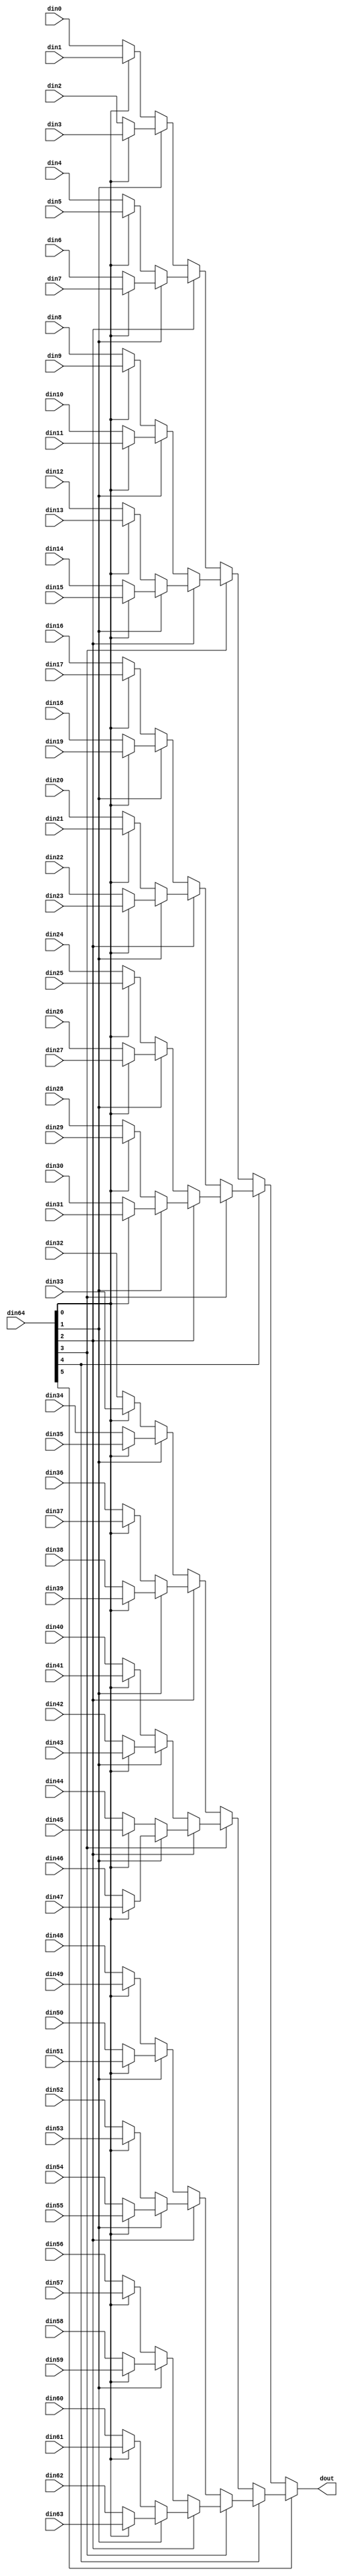
// ==============================================================
// Vitis HLS - High-Level Synthesis from C, C++ and OpenCL v2022.1 (64-bit)
// Tool Version Limit: 2022.04
// Copyright 1986-2022 Xilinx, Inc. All Rights Reserved.
// ==============================================================

`timescale 1ns/1ps

module MatrixVectorActivation_3_mux_6432_32_1_1 #(
parameter
    ID                = 0,
    NUM_STAGE         = 1,
    din0_WIDTH       = 32,
    din1_WIDTH       = 32,
    din2_WIDTH       = 32,
    din3_WIDTH       = 32,
    din4_WIDTH       = 32,
    din5_WIDTH       = 32,
    din6_WIDTH       = 32,
    din7_WIDTH       = 32,
    din8_WIDTH       = 32,
    din9_WIDTH       = 32,
    din10_WIDTH       = 32,
    din11_WIDTH       = 32,
    din12_WIDTH       = 32,
    din13_WIDTH       = 32,
    din14_WIDTH       = 32,
    din15_WIDTH       = 32,
    din16_WIDTH       = 32,
    din17_WIDTH       = 32,
    din18_WIDTH       = 32,
    din19_WIDTH       = 32,
    din20_WIDTH       = 32,
    din21_WIDTH       = 32,
    din22_WIDTH       = 32,
    din23_WIDTH       = 32,
    din24_WIDTH       = 32,
    din25_WIDTH       = 32,
    din26_WIDTH       = 32,
    din27_WIDTH       = 32,
    din28_WIDTH       = 32,
    din29_WIDTH       = 32,
    din30_WIDTH       = 32,
    din31_WIDTH       = 32,
    din32_WIDTH       = 32,
    din33_WIDTH       = 32,
    din34_WIDTH       = 32,
    din35_WIDTH       = 32,
    din36_WIDTH       = 32,
    din37_WIDTH       = 32,
    din38_WIDTH       = 32,
    din39_WIDTH       = 32,
    din40_WIDTH       = 32,
    din41_WIDTH       = 32,
    din42_WIDTH       = 32,
    din43_WIDTH       = 32,
    din44_WIDTH       = 32,
    din45_WIDTH       = 32,
    din46_WIDTH       = 32,
    din47_WIDTH       = 32,
    din48_WIDTH       = 32,
    din49_WIDTH       = 32,
    din50_WIDTH       = 32,
    din51_WIDTH       = 32,
    din52_WIDTH       = 32,
    din53_WIDTH       = 32,
    din54_WIDTH       = 32,
    din55_WIDTH       = 32,
    din56_WIDTH       = 32,
    din57_WIDTH       = 32,
    din58_WIDTH       = 32,
    din59_WIDTH       = 32,
    din60_WIDTH       = 32,
    din61_WIDTH       = 32,
    din62_WIDTH       = 32,
    din63_WIDTH       = 32,
    din64_WIDTH         = 32,
    dout_WIDTH            = 32
)(
    input  [31 : 0]     din0,
    input  [31 : 0]     din1,
    input  [31 : 0]     din2,
    input  [31 : 0]     din3,
    input  [31 : 0]     din4,
    input  [31 : 0]     din5,
    input  [31 : 0]     din6,
    input  [31 : 0]     din7,
    input  [31 : 0]     din8,
    input  [31 : 0]     din9,
    input  [31 : 0]     din10,
    input  [31 : 0]     din11,
    input  [31 : 0]     din12,
    input  [31 : 0]     din13,
    input  [31 : 0]     din14,
    input  [31 : 0]     din15,
    input  [31 : 0]     din16,
    input  [31 : 0]     din17,
    input  [31 : 0]     din18,
    input  [31 : 0]     din19,
    input  [31 : 0]     din20,
    input  [31 : 0]     din21,
    input  [31 : 0]     din22,
    input  [31 : 0]     din23,
    input  [31 : 0]     din24,
    input  [31 : 0]     din25,
    input  [31 : 0]     din26,
    input  [31 : 0]     din27,
    input  [31 : 0]     din28,
    input  [31 : 0]     din29,
    input  [31 : 0]     din30,
    input  [31 : 0]     din31,
    input  [31 : 0]     din32,
    input  [31 : 0]     din33,
    input  [31 : 0]     din34,
    input  [31 : 0]     din35,
    input  [31 : 0]     din36,
    input  [31 : 0]     din37,
    input  [31 : 0]     din38,
    input  [31 : 0]     din39,
    input  [31 : 0]     din40,
    input  [31 : 0]     din41,
    input  [31 : 0]     din42,
    input  [31 : 0]     din43,
    input  [31 : 0]     din44,
    input  [31 : 0]     din45,
    input  [31 : 0]     din46,
    input  [31 : 0]     din47,
    input  [31 : 0]     din48,
    input  [31 : 0]     din49,
    input  [31 : 0]     din50,
    input  [31 : 0]     din51,
    input  [31 : 0]     din52,
    input  [31 : 0]     din53,
    input  [31 : 0]     din54,
    input  [31 : 0]     din55,
    input  [31 : 0]     din56,
    input  [31 : 0]     din57,
    input  [31 : 0]     din58,
    input  [31 : 0]     din59,
    input  [31 : 0]     din60,
    input  [31 : 0]     din61,
    input  [31 : 0]     din62,
    input  [31 : 0]     din63,
    input  [31 : 0]    din64,
    output [31 : 0]   dout);

// puts internal signals
wire [31 : 0]     sel;
// level 1 signals
wire [31 : 0]         mux_1_0;
wire [31 : 0]         mux_1_1;
wire [31 : 0]         mux_1_2;
wire [31 : 0]         mux_1_3;
wire [31 : 0]         mux_1_4;
wire [31 : 0]         mux_1_5;
wire [31 : 0]         mux_1_6;
wire [31 : 0]         mux_1_7;
wire [31 : 0]         mux_1_8;
wire [31 : 0]         mux_1_9;
wire [31 : 0]         mux_1_10;
wire [31 : 0]         mux_1_11;
wire [31 : 0]         mux_1_12;
wire [31 : 0]         mux_1_13;
wire [31 : 0]         mux_1_14;
wire [31 : 0]         mux_1_15;
wire [31 : 0]         mux_1_16;
wire [31 : 0]         mux_1_17;
wire [31 : 0]         mux_1_18;
wire [31 : 0]         mux_1_19;
wire [31 : 0]         mux_1_20;
wire [31 : 0]         mux_1_21;
wire [31 : 0]         mux_1_22;
wire [31 : 0]         mux_1_23;
wire [31 : 0]         mux_1_24;
wire [31 : 0]         mux_1_25;
wire [31 : 0]         mux_1_26;
wire [31 : 0]         mux_1_27;
wire [31 : 0]         mux_1_28;
wire [31 : 0]         mux_1_29;
wire [31 : 0]         mux_1_30;
wire [31 : 0]         mux_1_31;
// level 2 signals
wire [31 : 0]         mux_2_0;
wire [31 : 0]         mux_2_1;
wire [31 : 0]         mux_2_2;
wire [31 : 0]         mux_2_3;
wire [31 : 0]         mux_2_4;
wire [31 : 0]         mux_2_5;
wire [31 : 0]         mux_2_6;
wire [31 : 0]         mux_2_7;
wire [31 : 0]         mux_2_8;
wire [31 : 0]         mux_2_9;
wire [31 : 0]         mux_2_10;
wire [31 : 0]         mux_2_11;
wire [31 : 0]         mux_2_12;
wire [31 : 0]         mux_2_13;
wire [31 : 0]         mux_2_14;
wire [31 : 0]         mux_2_15;
// level 3 signals
wire [31 : 0]         mux_3_0;
wire [31 : 0]         mux_3_1;
wire [31 : 0]         mux_3_2;
wire [31 : 0]         mux_3_3;
wire [31 : 0]         mux_3_4;
wire [31 : 0]         mux_3_5;
wire [31 : 0]         mux_3_6;
wire [31 : 0]         mux_3_7;
// level 4 signals
wire [31 : 0]         mux_4_0;
wire [31 : 0]         mux_4_1;
wire [31 : 0]         mux_4_2;
wire [31 : 0]         mux_4_3;
// level 5 signals
wire [31 : 0]         mux_5_0;
wire [31 : 0]         mux_5_1;
// level 6 signals
wire [31 : 0]         mux_6_0;
// level 7 signals
wire [31 : 0]         mux_7_0;
// level 8 signals
wire [31 : 0]         mux_8_0;
// level 9 signals
wire [31 : 0]         mux_9_0;
// level 10 signals
wire [31 : 0]         mux_10_0;
// level 11 signals
wire [31 : 0]         mux_11_0;
// level 12 signals
wire [31 : 0]         mux_12_0;
// level 13 signals
wire [31 : 0]         mux_13_0;
// level 14 signals
wire [31 : 0]         mux_14_0;
// level 15 signals
wire [31 : 0]         mux_15_0;
// level 16 signals
wire [31 : 0]         mux_16_0;
// level 17 signals
wire [31 : 0]         mux_17_0;
// level 18 signals
wire [31 : 0]         mux_18_0;
// level 19 signals
wire [31 : 0]         mux_19_0;
// level 20 signals
wire [31 : 0]         mux_20_0;
// level 21 signals
wire [31 : 0]         mux_21_0;
// level 22 signals
wire [31 : 0]         mux_22_0;
// level 23 signals
wire [31 : 0]         mux_23_0;
// level 24 signals
wire [31 : 0]         mux_24_0;
// level 25 signals
wire [31 : 0]         mux_25_0;
// level 26 signals
wire [31 : 0]         mux_26_0;
// level 27 signals
wire [31 : 0]         mux_27_0;
// level 28 signals
wire [31 : 0]         mux_28_0;
// level 29 signals
wire [31 : 0]         mux_29_0;
// level 30 signals
wire [31 : 0]         mux_30_0;
// level 31 signals
wire [31 : 0]         mux_31_0;
// level 32 signals
wire [31 : 0]         mux_32_0;

assign sel = din64;

// Generate level 1 logic
assign mux_1_0 = (sel[0] == 0)? din0 : din1;
assign mux_1_1 = (sel[0] == 0)? din2 : din3;
assign mux_1_2 = (sel[0] == 0)? din4 : din5;
assign mux_1_3 = (sel[0] == 0)? din6 : din7;
assign mux_1_4 = (sel[0] == 0)? din8 : din9;
assign mux_1_5 = (sel[0] == 0)? din10 : din11;
assign mux_1_6 = (sel[0] == 0)? din12 : din13;
assign mux_1_7 = (sel[0] == 0)? din14 : din15;
assign mux_1_8 = (sel[0] == 0)? din16 : din17;
assign mux_1_9 = (sel[0] == 0)? din18 : din19;
assign mux_1_10 = (sel[0] == 0)? din20 : din21;
assign mux_1_11 = (sel[0] == 0)? din22 : din23;
assign mux_1_12 = (sel[0] == 0)? din24 : din25;
assign mux_1_13 = (sel[0] == 0)? din26 : din27;
assign mux_1_14 = (sel[0] == 0)? din28 : din29;
assign mux_1_15 = (sel[0] == 0)? din30 : din31;
assign mux_1_16 = (sel[0] == 0)? din32 : din33;
assign mux_1_17 = (sel[0] == 0)? din34 : din35;
assign mux_1_18 = (sel[0] == 0)? din36 : din37;
assign mux_1_19 = (sel[0] == 0)? din38 : din39;
assign mux_1_20 = (sel[0] == 0)? din40 : din41;
assign mux_1_21 = (sel[0] == 0)? din42 : din43;
assign mux_1_22 = (sel[0] == 0)? din44 : din45;
assign mux_1_23 = (sel[0] == 0)? din46 : din47;
assign mux_1_24 = (sel[0] == 0)? din48 : din49;
assign mux_1_25 = (sel[0] == 0)? din50 : din51;
assign mux_1_26 = (sel[0] == 0)? din52 : din53;
assign mux_1_27 = (sel[0] == 0)? din54 : din55;
assign mux_1_28 = (sel[0] == 0)? din56 : din57;
assign mux_1_29 = (sel[0] == 0)? din58 : din59;
assign mux_1_30 = (sel[0] == 0)? din60 : din61;
assign mux_1_31 = (sel[0] == 0)? din62 : din63;

// Generate level 2 logic
assign mux_2_0 = (sel[1] == 0)? mux_1_0 : mux_1_1;
assign mux_2_1 = (sel[1] == 0)? mux_1_2 : mux_1_3;
assign mux_2_2 = (sel[1] == 0)? mux_1_4 : mux_1_5;
assign mux_2_3 = (sel[1] == 0)? mux_1_6 : mux_1_7;
assign mux_2_4 = (sel[1] == 0)? mux_1_8 : mux_1_9;
assign mux_2_5 = (sel[1] == 0)? mux_1_10 : mux_1_11;
assign mux_2_6 = (sel[1] == 0)? mux_1_12 : mux_1_13;
assign mux_2_7 = (sel[1] == 0)? mux_1_14 : mux_1_15;
assign mux_2_8 = (sel[1] == 0)? mux_1_16 : mux_1_17;
assign mux_2_9 = (sel[1] == 0)? mux_1_18 : mux_1_19;
assign mux_2_10 = (sel[1] == 0)? mux_1_20 : mux_1_21;
assign mux_2_11 = (sel[1] == 0)? mux_1_22 : mux_1_23;
assign mux_2_12 = (sel[1] == 0)? mux_1_24 : mux_1_25;
assign mux_2_13 = (sel[1] == 0)? mux_1_26 : mux_1_27;
assign mux_2_14 = (sel[1] == 0)? mux_1_28 : mux_1_29;
assign mux_2_15 = (sel[1] == 0)? mux_1_30 : mux_1_31;

// Generate level 3 logic
assign mux_3_0 = (sel[2] == 0)? mux_2_0 : mux_2_1;
assign mux_3_1 = (sel[2] == 0)? mux_2_2 : mux_2_3;
assign mux_3_2 = (sel[2] == 0)? mux_2_4 : mux_2_5;
assign mux_3_3 = (sel[2] == 0)? mux_2_6 : mux_2_7;
assign mux_3_4 = (sel[2] == 0)? mux_2_8 : mux_2_9;
assign mux_3_5 = (sel[2] == 0)? mux_2_10 : mux_2_11;
assign mux_3_6 = (sel[2] == 0)? mux_2_12 : mux_2_13;
assign mux_3_7 = (sel[2] == 0)? mux_2_14 : mux_2_15;

// Generate level 4 logic
assign mux_4_0 = (sel[3] == 0)? mux_3_0 : mux_3_1;
assign mux_4_1 = (sel[3] == 0)? mux_3_2 : mux_3_3;
assign mux_4_2 = (sel[3] == 0)? mux_3_4 : mux_3_5;
assign mux_4_3 = (sel[3] == 0)? mux_3_6 : mux_3_7;

// Generate level 5 logic
assign mux_5_0 = (sel[4] == 0)? mux_4_0 : mux_4_1;
assign mux_5_1 = (sel[4] == 0)? mux_4_2 : mux_4_3;

// Generate level 6 logic
assign mux_6_0 = (sel[5] == 0)? mux_5_0 : mux_5_1;

// Generate level 7 logic
assign mux_7_0 = mux_6_0;

// Generate level 8 logic
assign mux_8_0 = mux_7_0;

// Generate level 9 logic
assign mux_9_0 = mux_8_0;

// Generate level 10 logic
assign mux_10_0 = mux_9_0;

// Generate level 11 logic
assign mux_11_0 = mux_10_0;

// Generate level 12 logic
assign mux_12_0 = mux_11_0;

// Generate level 13 logic
assign mux_13_0 = mux_12_0;

// Generate level 14 logic
assign mux_14_0 = mux_13_0;

// Generate level 15 logic
assign mux_15_0 = mux_14_0;

// Generate level 16 logic
assign mux_16_0 = mux_15_0;

// Generate level 17 logic
assign mux_17_0 = mux_16_0;

// Generate level 18 logic
assign mux_18_0 = mux_17_0;

// Generate level 19 logic
assign mux_19_0 = mux_18_0;

// Generate level 20 logic
assign mux_20_0 = mux_19_0;

// Generate level 21 logic
assign mux_21_0 = mux_20_0;

// Generate level 22 logic
assign mux_22_0 = mux_21_0;

// Generate level 23 logic
assign mux_23_0 = mux_22_0;

// Generate level 24 logic
assign mux_24_0 = mux_23_0;

// Generate level 25 logic
assign mux_25_0 = mux_24_0;

// Generate level 26 logic
assign mux_26_0 = mux_25_0;

// Generate level 27 logic
assign mux_27_0 = mux_26_0;

// Generate level 28 logic
assign mux_28_0 = mux_27_0;

// Generate level 29 logic
assign mux_29_0 = mux_28_0;

// Generate level 30 logic
assign mux_30_0 = mux_29_0;

// Generate level 31 logic
assign mux_31_0 = mux_30_0;

// Generate level 32 logic
assign mux_32_0 = mux_31_0;

// output logic
assign dout = mux_32_0;

endmodule